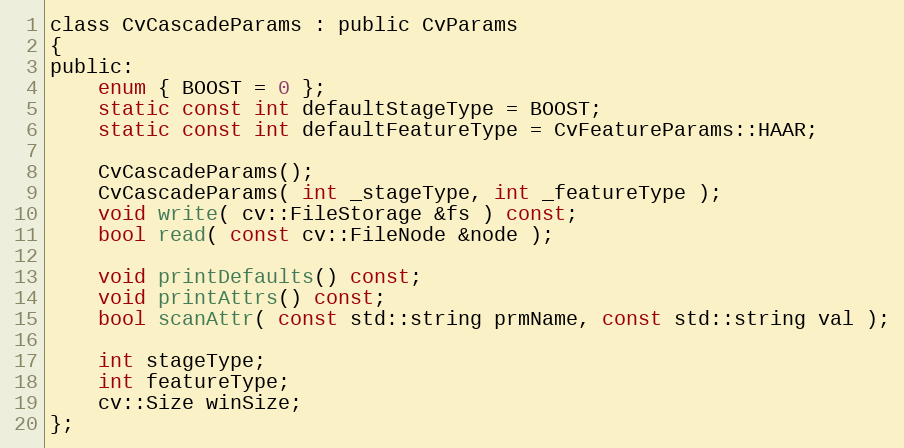
Language: C
class CvCascadeParams : public CvParams
{
public:
    enum { BOOST = 0 };
    static const int defaultStageType = BOOST;
    static const int defaultFeatureType = CvFeatureParams::HAAR;

    CvCascadeParams();
    CvCascadeParams( int _stageType, int _featureType );
    void write( cv::FileStorage &fs ) const;
    bool read( const cv::FileNode &node );

    void printDefaults() const;
    void printAttrs() const;
    bool scanAttr( const std::string prmName, const std::string val );

    int stageType;
    int featureType;
    cv::Size winSize;
};